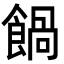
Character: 𩝄